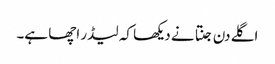
اگلے دن جنتا نے دیکھا کہ لیڈر اچھا ہے۔